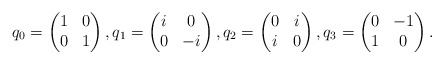
\begin{align*}q_0=\begin{pmatrix} 1 & 0 \\ 0 & 1 \end{pmatrix}, q_1=\begin{pmatrix} i & 0 \\ 0 & -i \end{pmatrix}, q_2= \begin{pmatrix} 0 & i \\ i & 0 \end{pmatrix}, q_3= \begin{pmatrix} 0 & -1 \\ 1 & 0 \end{pmatrix}. \end{align*}